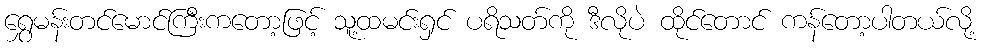
ရွှေမန်းတင်မောင်ကြီးကတော့ဖြင့် သူ့ထမင်းရှင် ပရိသတ်ကို ဒီလိုပဲ ထိုင်တောင် ကန်တော့ပါတယ်လို့